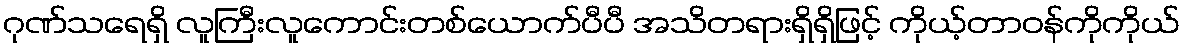
ဂုဏ်သရေရှိ လူကြီးလူကောင်းတစ်ယောက်ပီပီ အသိတရားရှိရှိဖြင့် ကိုယ့်တာဝန်ကိုကိုယ်